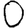
Digit: 0